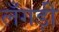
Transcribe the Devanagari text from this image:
लँगड़ी